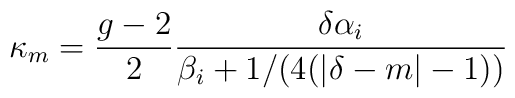
\kappa_m={g-2\over 2}{\delta\alpha_i\over\beta_i+1/(4(|\delta -m|-1))}